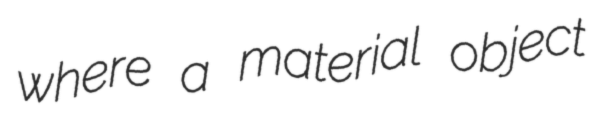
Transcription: where a material object